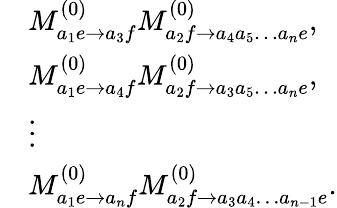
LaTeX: \begin{array}{rl}&{M_{a_{1}e\to a_{3}f}^{(0)}M_{a_{2}f\to a_{4}a_{5}\dots a_{n}e}^{(0)},}\\ &{M_{a_{1}e\to a_{4}f}^{(0)}M_{a_{2}f\to a_{3}a_{5}\dots a_{n}e}^{(0)},}\\ &{\vdots}\\ &{M_{a_{1}e\to a_{n}f}^{(0)}M_{a_{2}f\to a_{3}a_{4}\dots a_{n-1}e}^{(0)}.}\end{array}